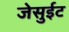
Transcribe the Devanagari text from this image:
जेसुईट